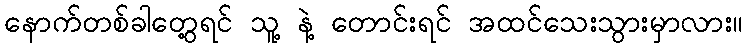
နောက်တစ်ခါတွေ့ရင် သူ့ နဲ့ တောင်းရင် အထင်သေးသွားမှာလား။